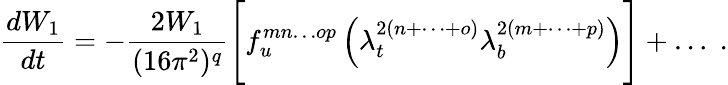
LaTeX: {\frac{dW_{1}}{dt}}=-{\frac{2W_{1}}{(16\pi^{2})^{q}}}\Bigg[f_{u}^{mn\dots op}\left(\lambda_{t}^{2(n+\dots+o)}\lambda_{b}^{2(m+\dots+p)}\right)\Bigg]+\dots\; .